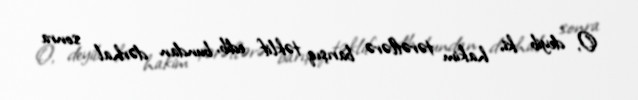
O, deyib ki, hakim tərəflərə barışıq təklif edib, bundan dərhal sonra